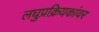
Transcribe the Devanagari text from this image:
लघुप्रक्रियकांवर